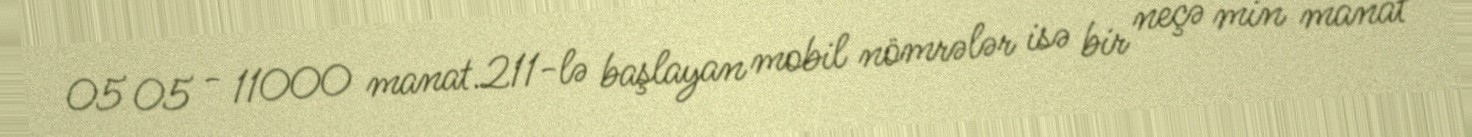
05 05 - 11000 manat.211-lə başlayan mobil nömrələr isə bir neçə min manat